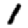
Digit: 1